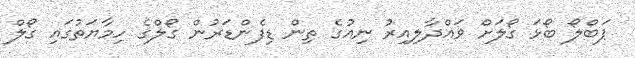
ޕަބްލޯ ބޯޅަ ގޯލަށް ވައްދާލިއިރު ނިއުގެ ތިން ޑިފެންޑަރުން ގޯލްގެ ހިމާޔަތުގައި ގޯލް